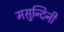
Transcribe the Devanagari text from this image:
मसुन्दिनी